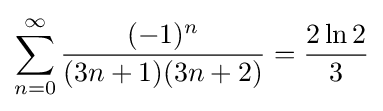
\sum _{n=0}^{\infty }{\frac {(-1)^{n}}{(3n+1)(3n+2)}}={\frac {2\ln 2}{3}}